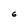
Character: 6